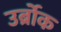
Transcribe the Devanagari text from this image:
उर्ब्रोक